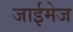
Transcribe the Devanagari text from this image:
जाईमेज